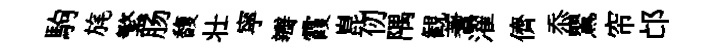
駒旄繁肠馥壮寜瓣霞崑仞隅観蓍濯儕忝鸎帘邙